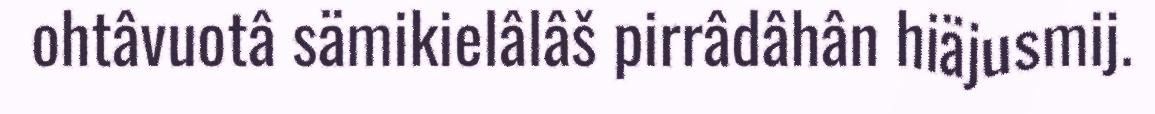
ohtâvuotâ sämikielâlâš pirrâdâhân hiäjusmij.